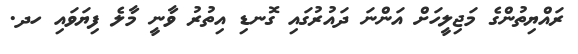
ރައްޔިތުންގެ މަޖިލީހަށް އަންނަ ދައުރުގައި ގޮނޑި އިތުރު ވާނީ މާލެ ފިޔަވައި ހދ.